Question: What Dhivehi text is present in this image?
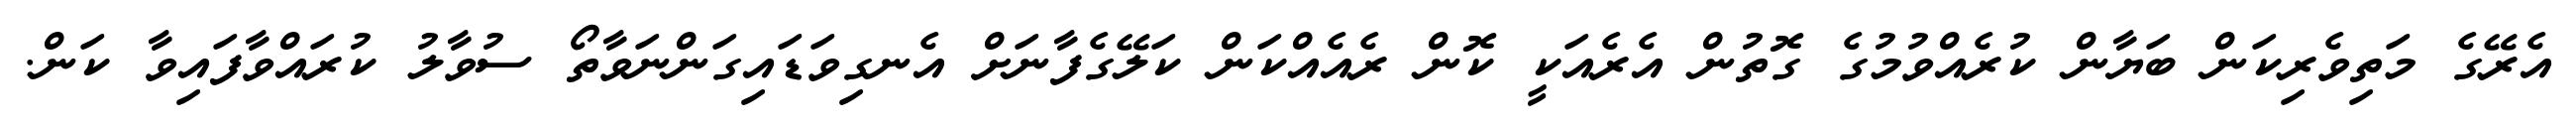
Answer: އެރޭގެ މަތިވެރިކަން ބަޔާން ކުރެއްވުމުގެ ގޮތުން އެރެއަކީ ކޮން ރެއެއްކަން ކަލޭގެފާނަށް އެނގިވަޑައިގަންނަވާތޯ ސުވާލު ކުރައްވާފައިވާ ކަން.